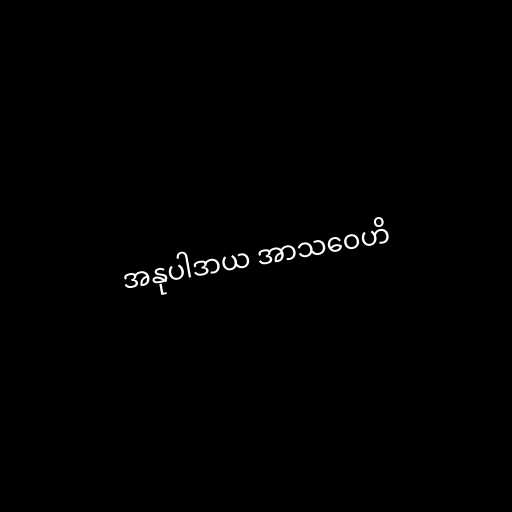
အနုပါဒာယ အာသဝေဟိ